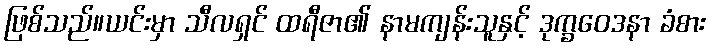
ဖြစ်သည်။ယင်းမှာ သီလရှင် ထရီဇာ၏ နာမကျန်းသူနှင့် ဒုက္ခဝေဒနာ ခံစား